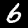
Label: 6